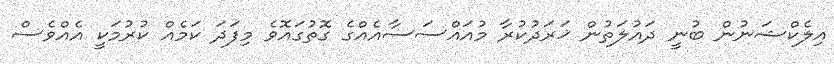
އިލެކްޝަނުން ބުނީ ދައުލަތުން ޚަރަދުކުރާ މުއައްސަސާއެއްގެ ގޮތުގައޮވެ މިފަދަ ކަމެއް ކުރުމަކީ އެއްވެސް